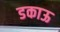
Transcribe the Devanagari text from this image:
डकाऊ